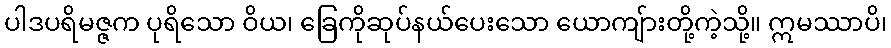
ပါဒပရိမဇ္ဇက ပုရိသော ဝိယ၊ ခြေကိုဆုပ်နယ်ပေးသော ယောကျ်ားတို့ကဲ့သို့။ ဣမဿာပိ၊